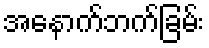
အနောက်ဘက်ခြမ်း